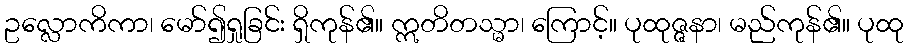
ဥလ္လောကိကာ၊ မော်၍ရှုခြင်း ရှိကုန်၏။ ဣတိတသ္မာ၊ ကြောင့်။ ပုထုဇ္ဇနာ၊ မည်ကုန်၏။ ပုထု